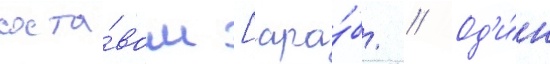
соста́вом [ара́б. // Од'и́н